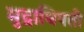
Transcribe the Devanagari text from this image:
मुद्राधिपती